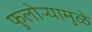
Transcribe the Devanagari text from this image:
फुलोऱ्यामुळे